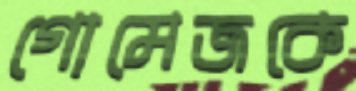
গোমেজকে